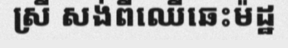
ស្រី សង់ពីឈើឆេះម៉ដ្ឋ